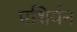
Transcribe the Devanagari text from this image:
पशिर्यन